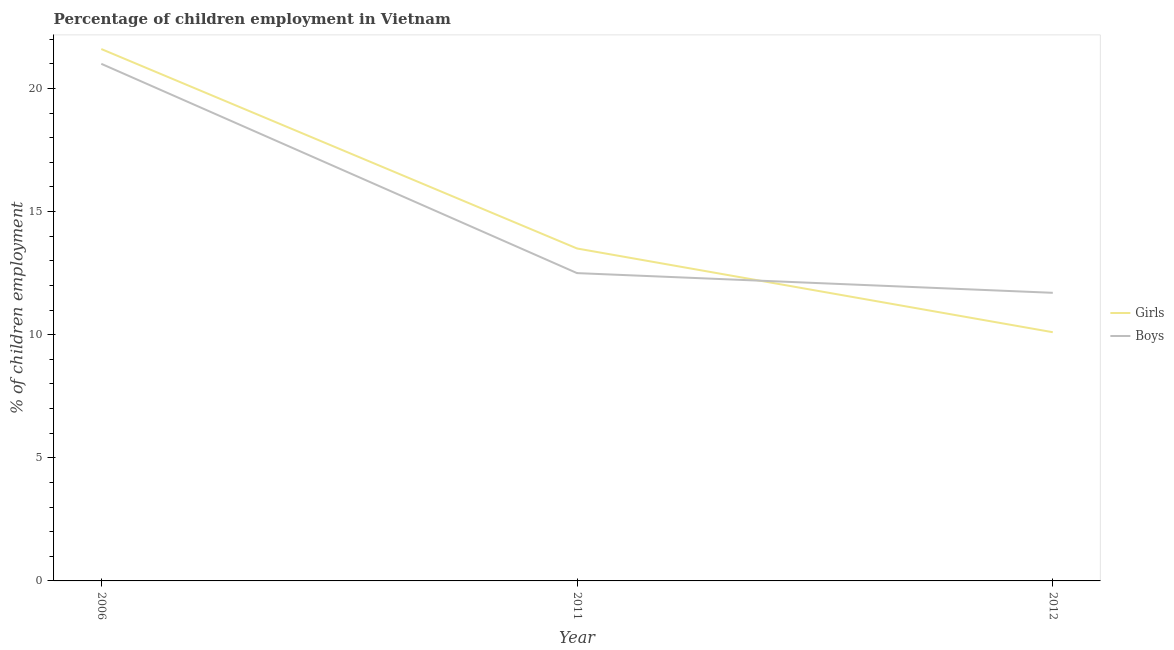
| Year | Girls | Boys |
 | --- | --- | --- |
 | 2006 | 21.6 | 21 |
 | 2011 | 13.5 | 12.5 |
 | 2012 | 10.1 | 11.7 |